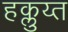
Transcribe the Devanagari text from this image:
हक्लुय्त